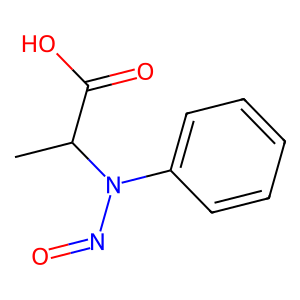
SMILES: CC(C(=O)O)N(N=O)c1ccccc1
Inhibits HIV replication: No